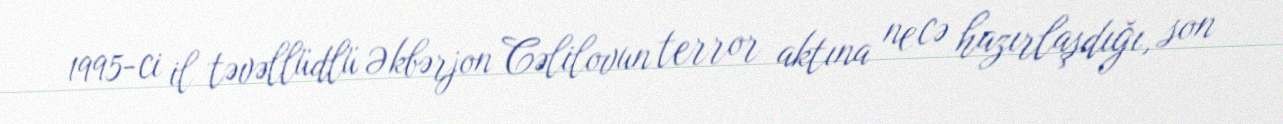
1995-ci il təvəllüdlü Əkbərjon Cəlilovun terror aktına necə hazırlaşdığı, son